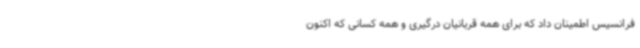
فرانسیس اطمینان داد که برای همه قربانیان درگیری و همه کسانی که اکنون